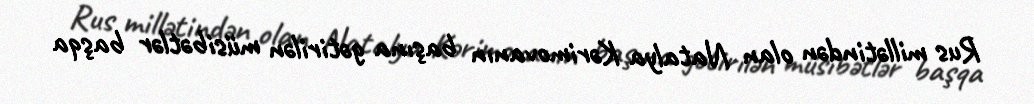
Rus millətindən olan Natalya Kərimovanın başına gətirilən müsibətlər başqa